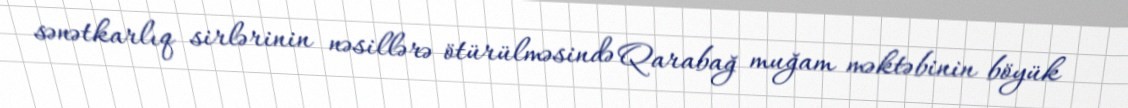
sənətkarlıq sirlərinin nəsillərə ötürülməsində Qarabağ muğam məktəbinin böyük